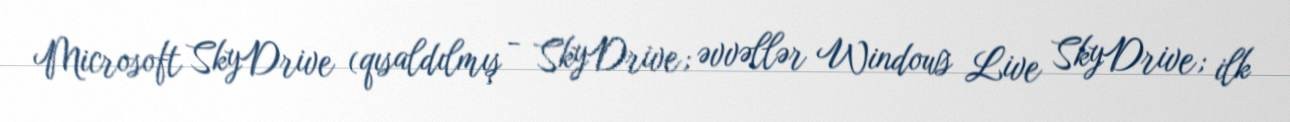
Microsoft SkyDrive (qısaldılmış - SkyDrive; əvvəllər Windows Live SkyDrive; ilk